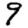
Digit: 9